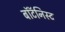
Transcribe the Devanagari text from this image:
बॉटॅनिस्ट